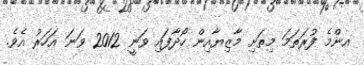
އންމެ ފުރަތަމަ މިތަށި މާޒިޔާއިން ހޯދާފައި ވަނީ 2012 ވަނަ އަހަރު އެވެ.